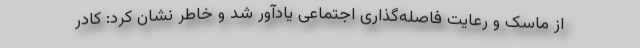
از ماسک و رعایت فاصله‌گذاری اجتماعی یادآور شد و خاطر نشان کرد: کادر